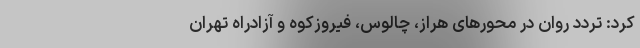
کرد: تردد روان در محورهای هراز، چالوس، فیروزکوه و آزادراه تهران -